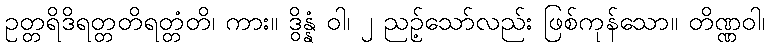
ဥတ္တရိဒိရတ္တတိရတ္တံတိ၊ ကား။ ဒွိန္နံ ဝါ၊ ၂ ညဉ့်သော်လည်း ဖြစ်ကုန်သော။ တိဏ္ဏဝါ၊